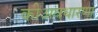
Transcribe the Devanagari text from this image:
कीअवधारणा